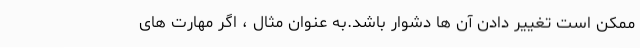
ممکن است تغییر دادن آن ها دشوار باشد.به عنوان مثال ، اگر مهارت های